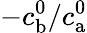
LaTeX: -c_{\mathrm{b}}^{0}/c_{\mathrm{a}}^{0}